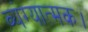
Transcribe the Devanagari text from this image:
व्यंग्यात्मक।